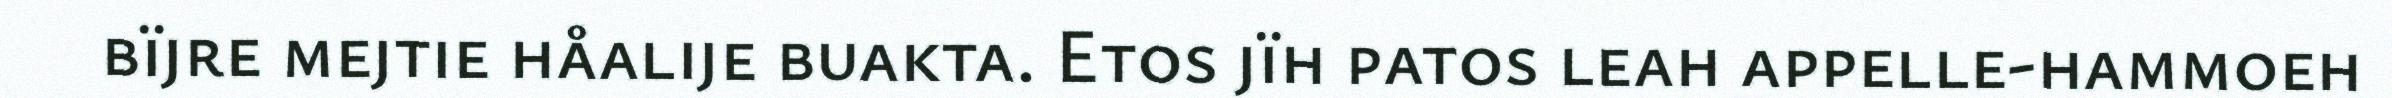
bïjre mejtie håalije buakta. Etos jïh patos leah appelle-hammoeh